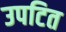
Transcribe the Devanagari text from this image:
उपटित